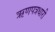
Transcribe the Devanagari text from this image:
ऋणपत्रधारी